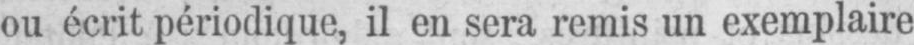
ou écrit périodique, il en sera remis un exemplaire